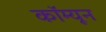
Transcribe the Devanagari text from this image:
कॉम्यून